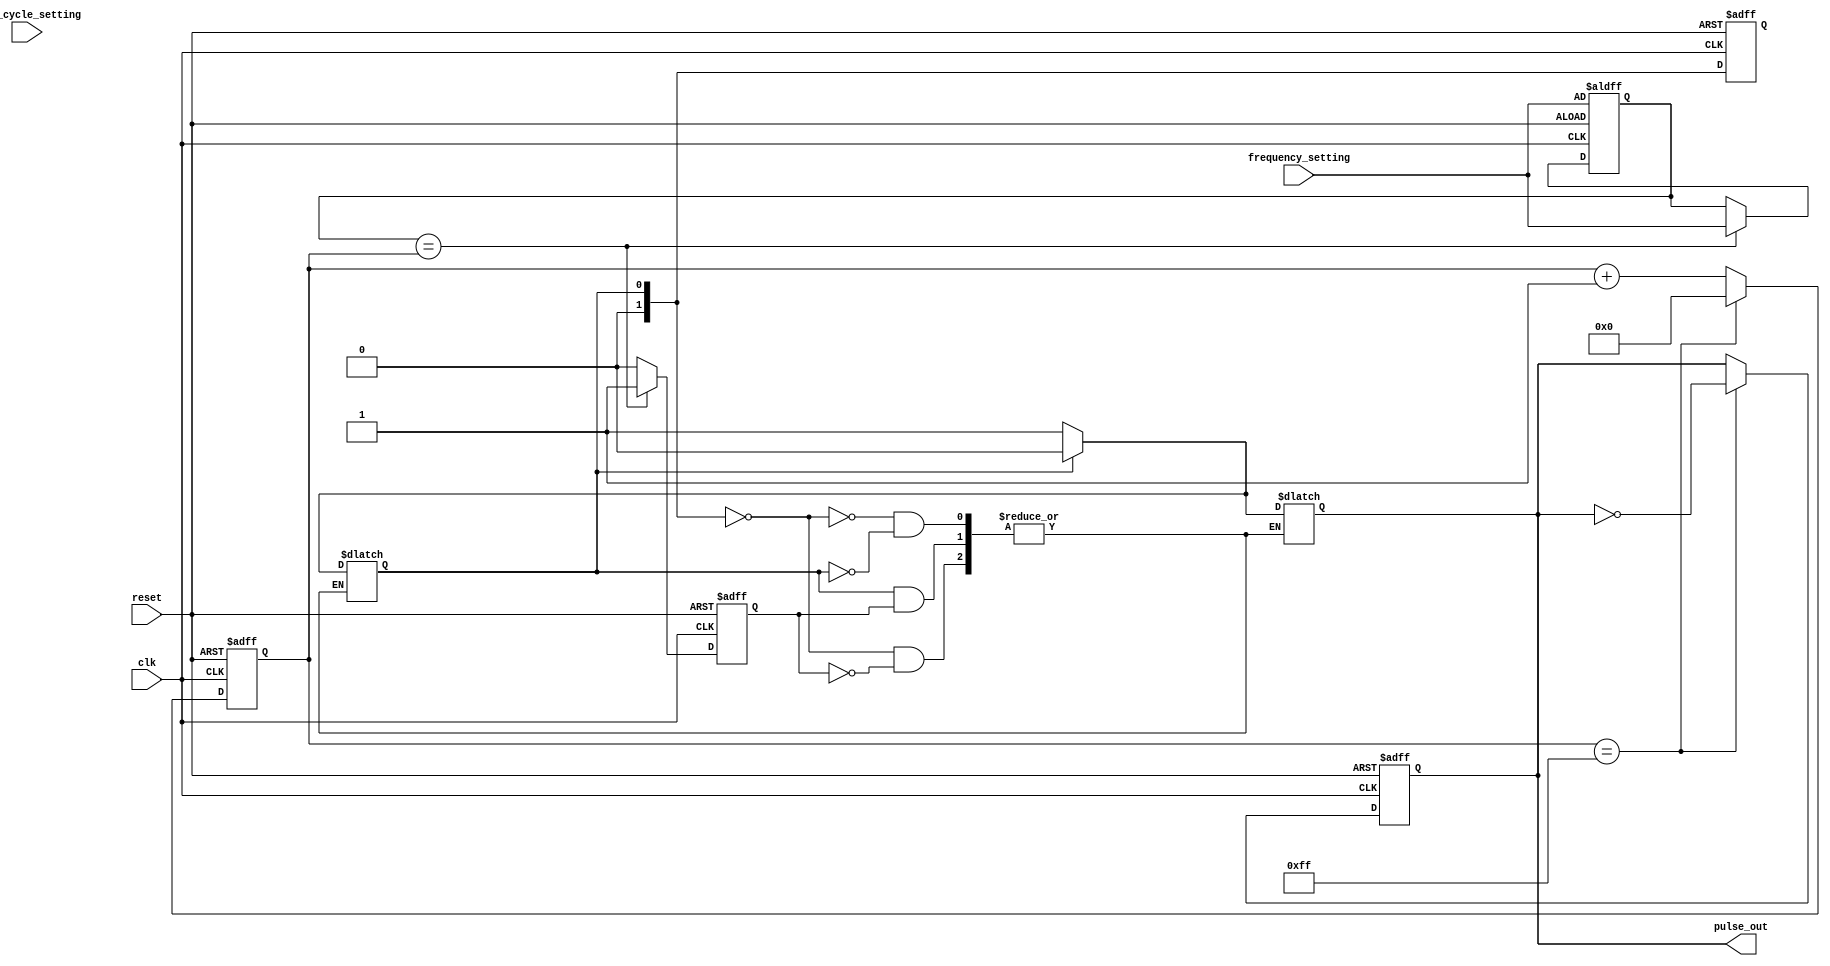
module variable_frequency_pulse_generator (
    input wire clk,
    input wire reset,
    input wire [7:0] frequency_setting,
    input wire [7:0] duty_cycle_setting,
    output reg pulse_out
);

reg [7:0] counter;
reg [7:0] frequency_divider;
reg state = 0;
reg [1:0] sync_state = 0;

always @(posedge clk or posedge reset) begin
    if (reset) begin
        counter <= 8'h00;
        frequency_divider <= frequency_setting;
        pulse_out <= 1'b0;
        state <= 0;
        sync_state <= 0;
    end else begin
        if (counter == 8'hFF) begin
            pulse_out <= !pulse_out;
            counter <= 8'h00;
        end else begin
            counter <= counter + 1;
        end
        
        if (frequency_divider == counter) begin
            frequency_divider <= frequency_setting;
            state <= 1;
        end else begin
            state <= 0;
        end
    end
end

always @(*) begin
    case (sync_state)
        2'b00: begin
            if (state) begin
                pulse_out <= 1'b1;
                sync_state <= 2'b01;
            end
        end
        2'b01: begin
            if (!state) begin
                pulse_out <= 1'b0;
                sync_state <= 2'b00;
            end
        end
    endcase
end

endmodule